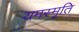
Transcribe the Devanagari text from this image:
यमस्मृति